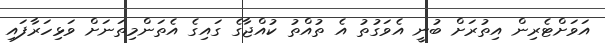
އަވަށްޓެރިން އިތުރަށް ބުނީ އެވަގުތު އެ ތުއްތު ކުއްޖާގެ ގައިގެ އެތަންމިތަނަށް ވަޅިހަރާފައި